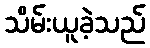
သိမ်းယူခဲ့သည်